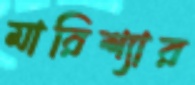
মারিশ্যার